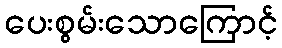
ပေးစွမ်းသောကြောင့်